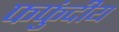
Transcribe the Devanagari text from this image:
फफुंदीय